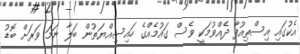
އެކުގައި އިސްތިއުފާ ދެއްވުމަކީ ވެސް ގައުމެއްގެ ހައިސިއްޔަތުން ބަލާ ނަމަ ވަރަށް ބޮޑު